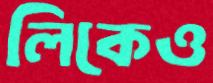
লিকেও